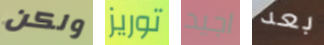
ولكن توريز اجيد بعد